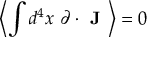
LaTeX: \left\langle \int d ^ { 4 } x ~ \partial \cdot { \textbf { J } } \right\rangle = 0